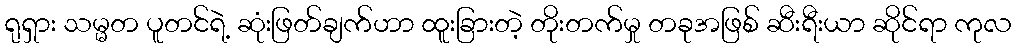
ရုရှား သမ္မတ ပူတင်ရဲ့ ဆုံးဖြတ်ချက်ဟာ ထူးခြားတဲ့ တိုးတက်မှု တခုအဖြစ် ဆီးရီးယာ ဆိုင်ရာ ကုလ